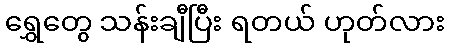
ရွှေတွေ သန်းချီပြီး ရတယ် ဟုတ်လား